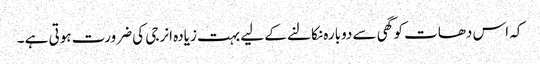
کہ اس دھات کو گھی سے دوبارہ نکالنے کے لیے بہت زیادہ انرجی کی ضرورت ہوتی ہے ۔